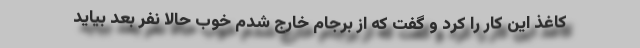
کاغذ این کار را کرد و گفت که از برجام خارج شدم خوب حالا نفر بعد بیاید